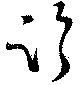
臨